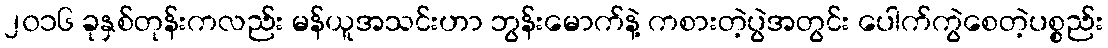
၂၀၁၆ ခုနှစ်တုန်းကလည်း မန်ယူအသင်းဟာ ဘွန်းမောက်နဲ့ ကစားတဲ့ပွဲအတွင်း ပေါက်ကွဲစေတဲ့ပစ္စည်း